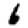
Digit: 6